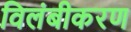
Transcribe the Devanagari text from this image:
विलंबीकरण